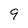
Character: 9